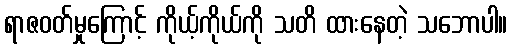
ရာဇဝတ်မှုကြောင့် ကိုယ့်ကိုယ်ကို သတိ ထားနေတဲ့ သဘောပါ။